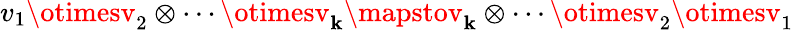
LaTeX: v_{1}\otimesv_{2}\otimes\cdots\otimesv_{\mathbf{k}}\mapstov_{\mathbf{k}}\otimes\cdots\otimesv_{2}\otimesv_{1}